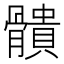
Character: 䯣